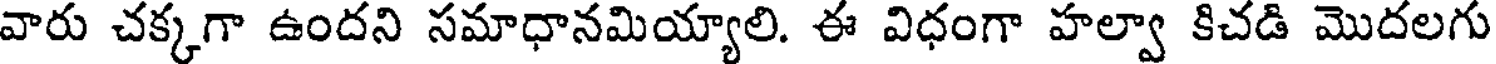
వారు చక్కగా ఉందని సమాధానమియ్యాలి. ఈ విధంగా హల్వా కిచడి మొదలగు